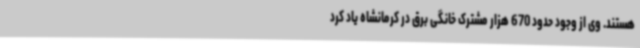
هستند. وی از وجود حدود 670 هزار مشترک خانگی برق در کرمانشاه یاد کرد